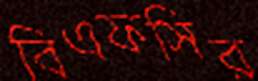
বিএফসির